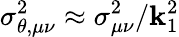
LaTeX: \sigma_{\theta,\mu\nu}^{2}\approx\sigma_{\mu\nu}^{2}/\mathbf{k}_{1}^{2}